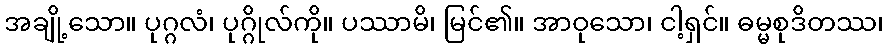
အချို့သော။ ပုဂ္ဂလံ၊ ပုဂ္ဂိုလ်ကို။ ပဿာမိ၊ မြင်၏။ အာဝုသော၊ ငါ့ရှင်။ ဓမ္မစုဒိတဿ၊